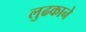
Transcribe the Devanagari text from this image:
लुढकाने